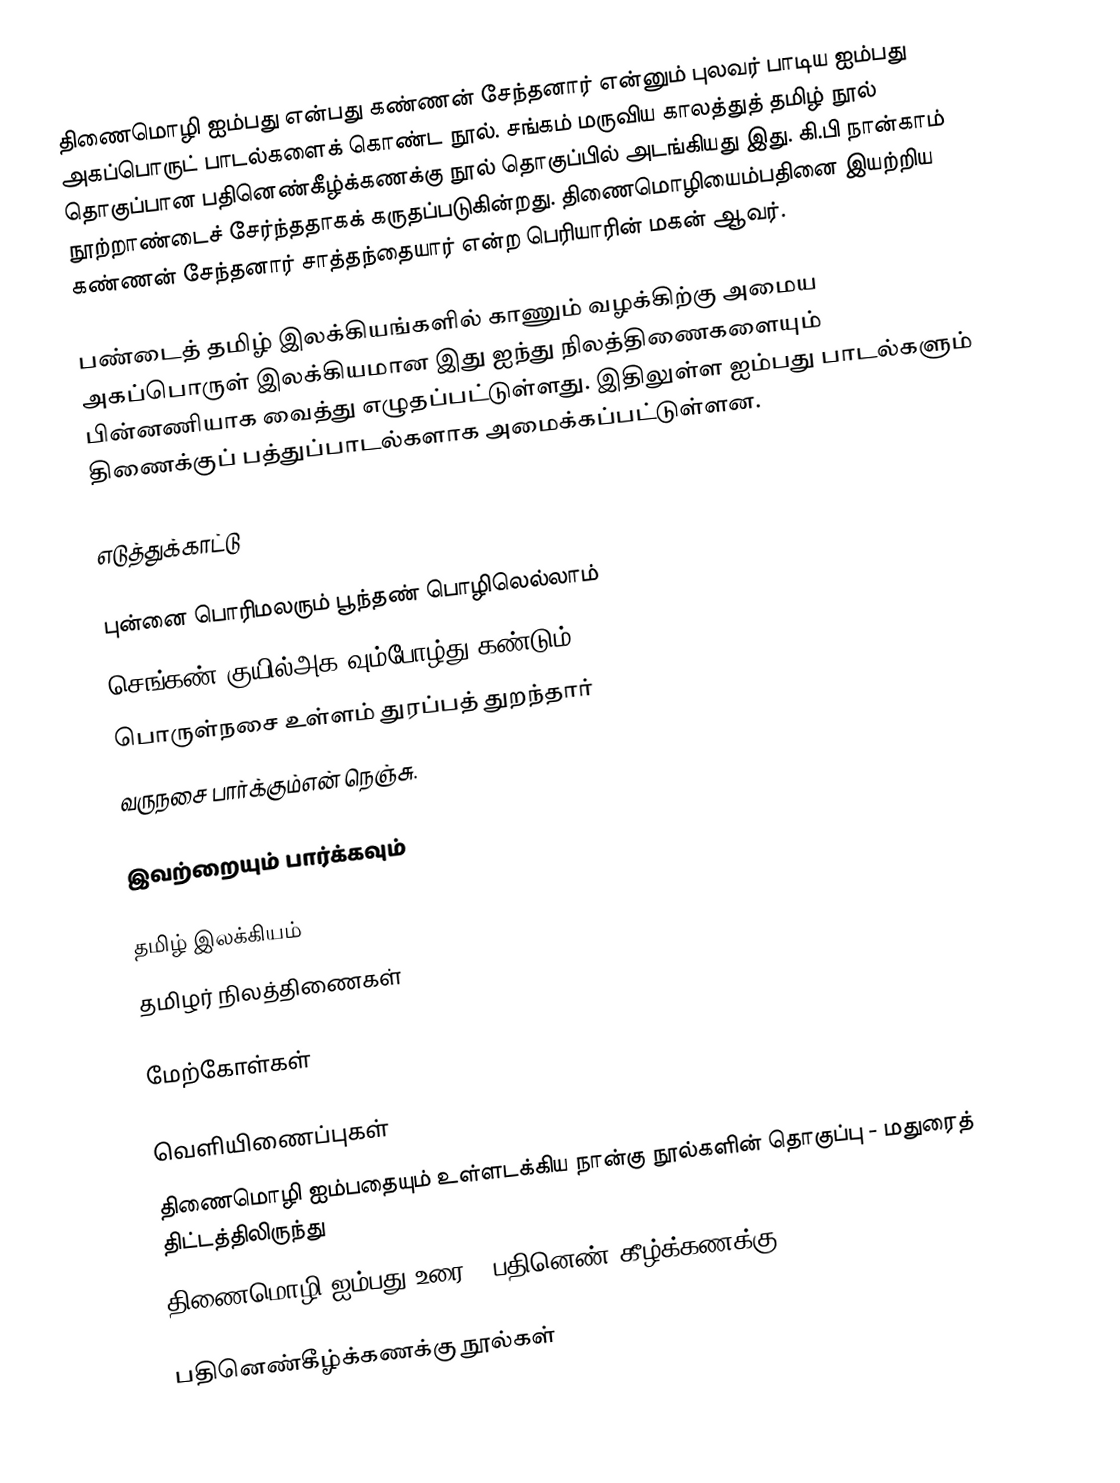
திணைமொழி ஐம்பது என்பது கண்ணன் சேந்தனார் என்னும் புலவர் பாடிய ஐம்பது அகப்பொருட் பாடல்களைக் கொண்ட நூல். சங்கம் மருவிய காலத்துத் தமிழ் நூல் தொகுப்பான பதினெண்கீழ்க்கணக்கு நூல் தொகுப்பில் அடங்கியது இது. கி.பி நான்காம் நூற்றாண்டைச் சேர்ந்ததாகக் கருதப்படுகின்றது. திணைமொழியைம்பதினை இயற்றிய கண்ணன் சேந்தனார் சாத்தந்தையார் என்ற பெரியாரின் மகன் ஆவர்.

பண்டைத் தமிழ் இலக்கியங்களில் காணும் வழக்கிற்கு அமைய அகப்பொருள் இலக்கியமான இது ஐந்து நிலத்திணைகளையும் பின்னணியாக வைத்து எழுதப்பட்டுள்ளது. இதிலுள்ள ஐம்பது பாடல்களும் திணைக்குப் பத்துப்பாடல்களாக அமைக்கப்பட்டுள்ளன.

எடுத்துக்காட்டு

 புன்னை பொரிமலரும் பூந்தண் பொழிலெல்லாம்
 செங்கண் குயில்அக வும்போழ்து கண்டும்
 பொருள்நசை உள்ளம் துரப்பத் துறந்தார்
 வருநசை பார்க்கும்என் நெஞ்சு.

இவற்றையும் பார்க்கவும்

 தமிழ் இலக்கியம்
 தமிழர் நிலத்திணைகள்

மேற்கோள்கள்

வெளியிணைப்புகள்
 திணைமொழி ஐம்பதையும் உள்ளடக்கிய நான்கு நூல்களின் தொகுப்பு - மதுரைத் திட்டத்திலிருந்து
 திணைமொழி ஐம்பது உரை - பதினெண் கீழ்க்கணக்கு

பதினெண்கீழ்க்கணக்கு நூல்கள்